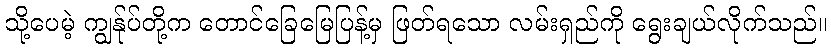
သို့ပေမဲ့ ကျွန်ုပ်တို့က တောင်ခြေမြေပြန့်မှ ဖြတ်ရသော လမ်းရှည်ကို ရွေးချယ်လိုက်သည်။